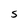
Character: S